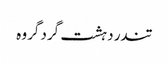
تندر دہشت گرد گروہ